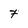
Character: 7